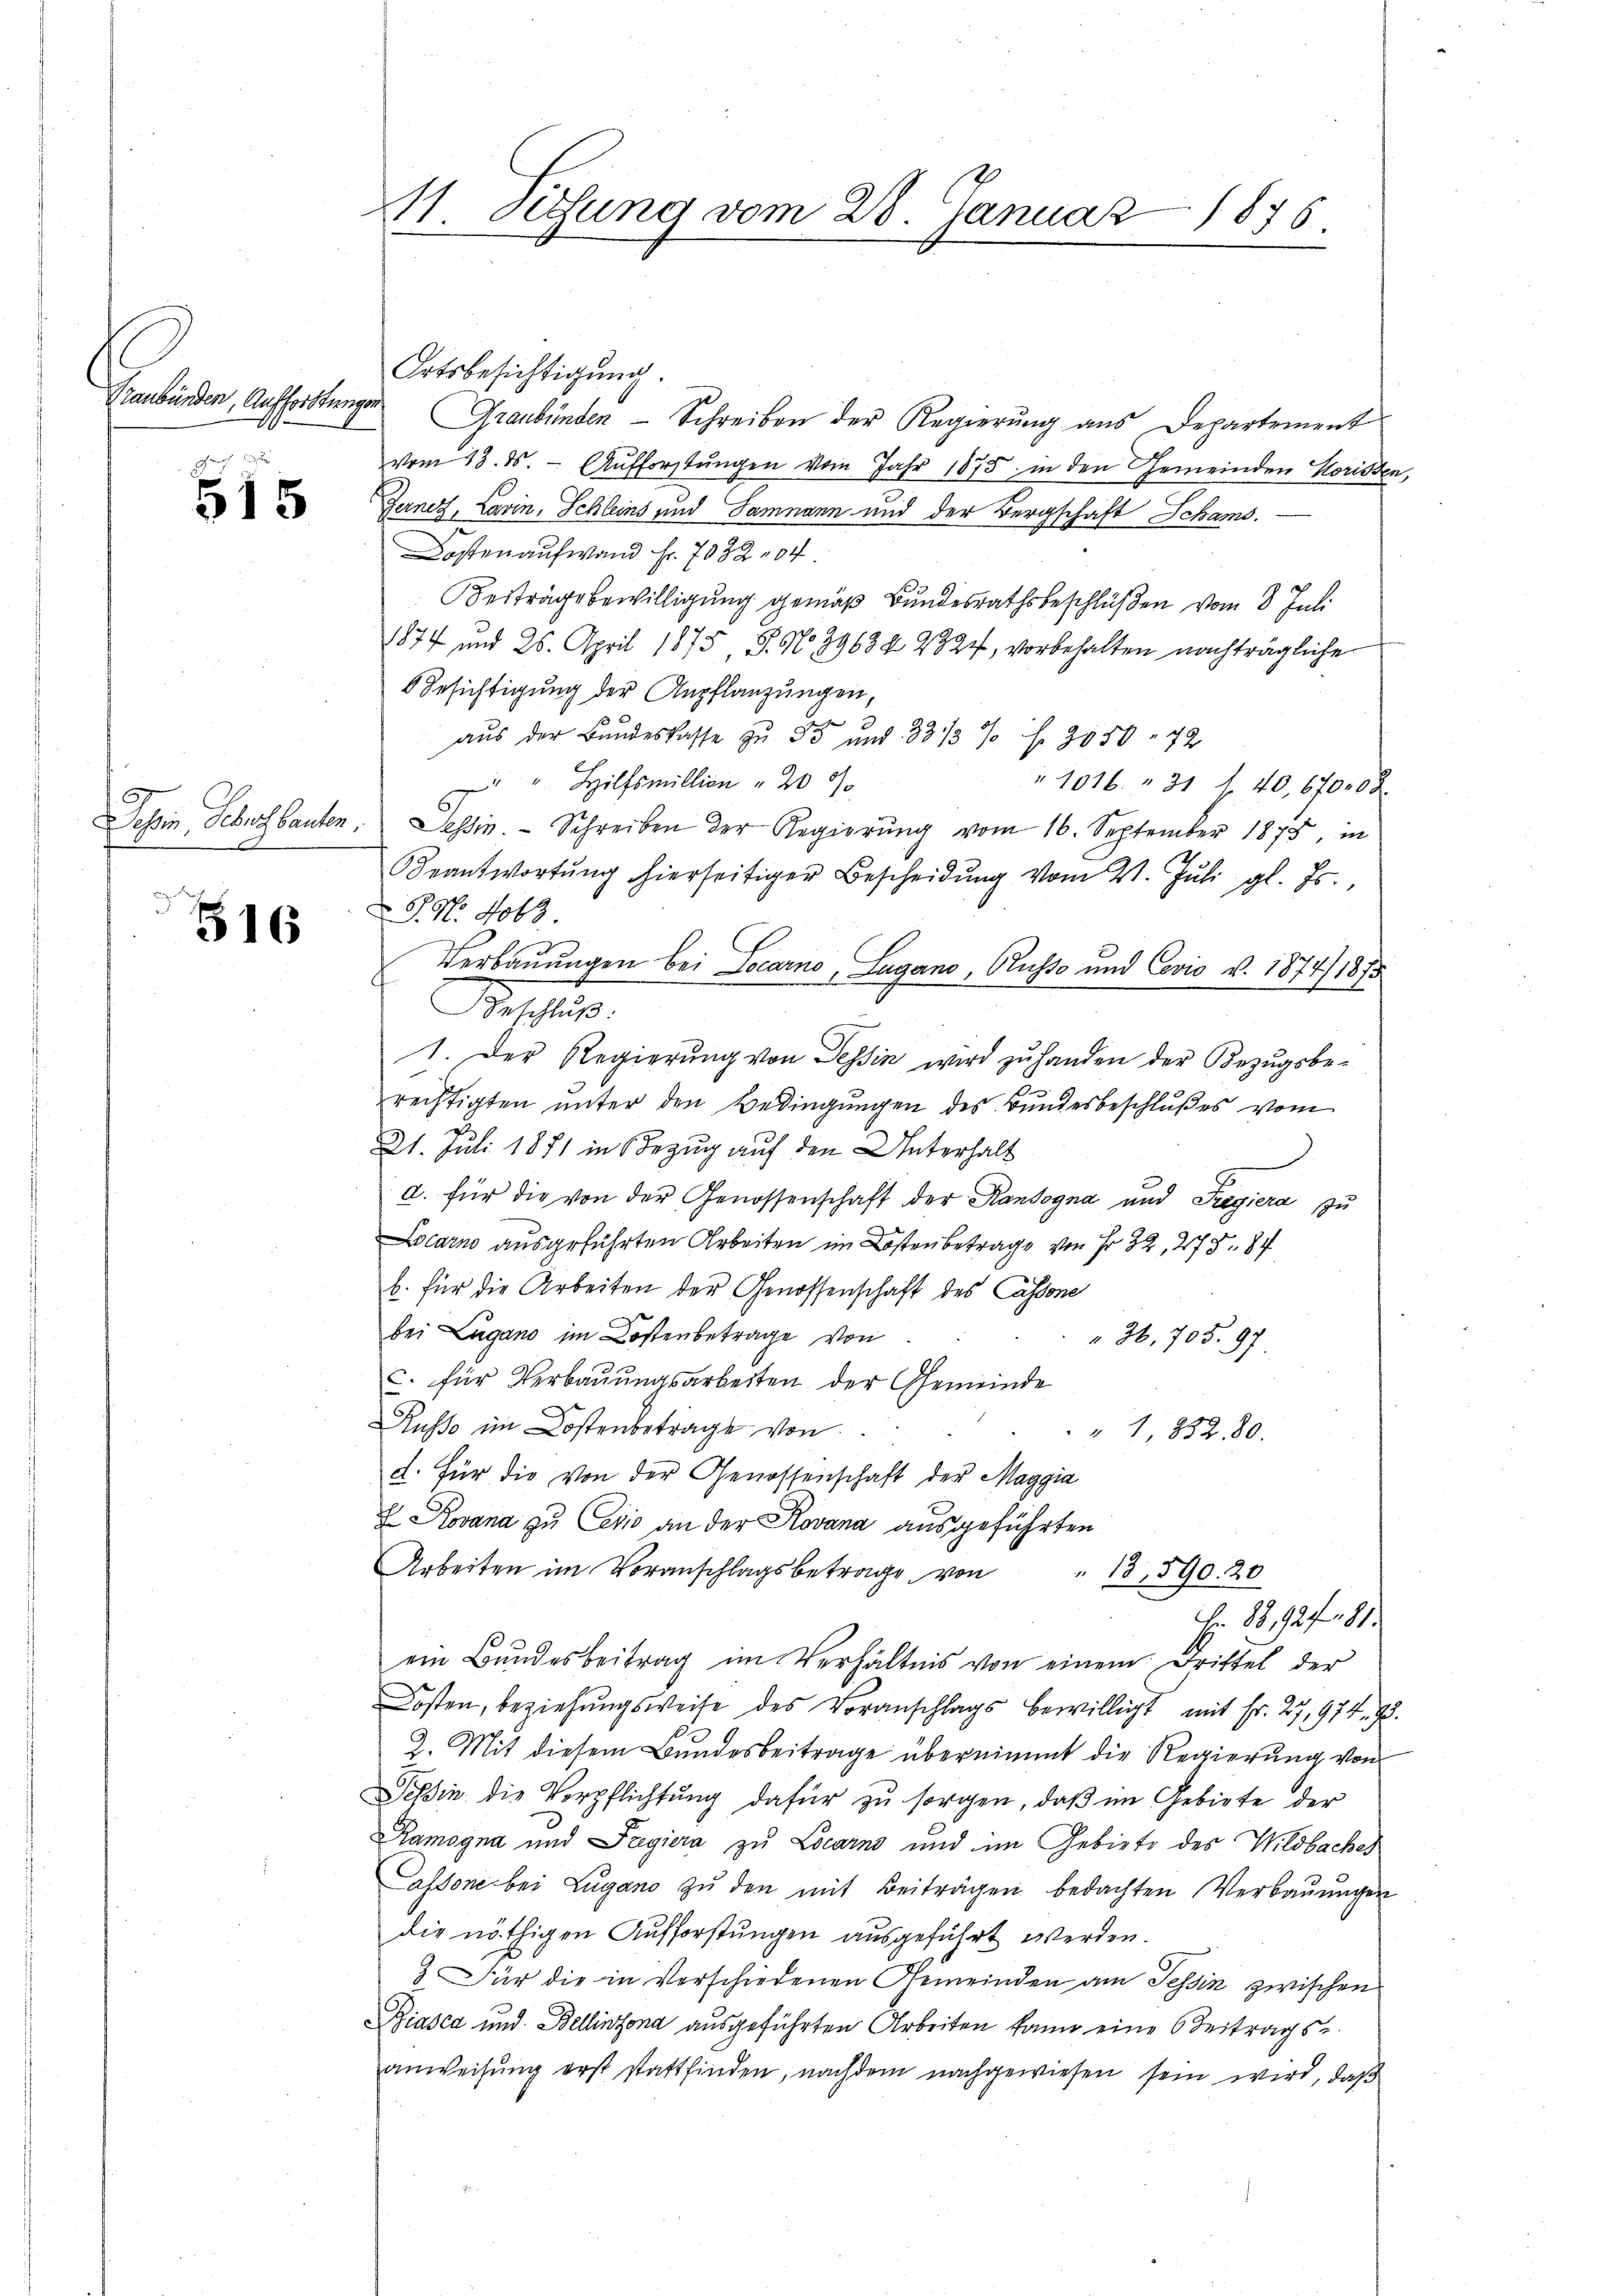
Graubünden, Aufforstungen

515

d
516

11. Setzung vom 28. Januar 1876.

Ortsbesichtigung.
Graubünden - Schreiben der Regierung aus Departement
vom 13. ds. - Aufforstungen vom Jahr 1875. in den Gemeinden Horissen
Gerner, Lavin, Schleins und Sammann und der Bergschaft Schams.
Kostenaufwand fr. 7032, 04
Beiträge bewilligung gemäß Bundesrathsbeschlüßen vom 8. Juli
1874 und 26. April 1875, S. No 39684 2827, vorbehalten nachträgliche
Besichtigung der Anpflanzungen,
aus der Bundeskasse zu 55 und 33 1/3 % f. 3050 - 72
" Hilfsmillion " 20 40
1016. 31 l. 40, 6700 x
Jehin Schulbauten. Tessin. Schreiben der Regierŭng vom 16. September 1875, in
Beantwortŭng hierseitiger Bescheidŭng vom 21. Jŭli gl. Js.,
G. N. Nobr.
Verbauungen bei Locarno, Lugano, Ausse und Covio v. 1874/1875
Beschlus
1. Der Regierung von Tessin wird zŭ handen der Bezugsbe-
rechtigten unter den Bedingungen des Bundesbeschlußes vom
21. Juli 1871 in Bezug auf den Unterhalt
d. für die von der Genossenschaft der Randogna und Tregiera zu
Locarno ausgeführten Arbeiten im Kosten betrage von Fr. 32, 278. 84
b. für die Arbeiten der Genossenschaft des Cassone
bei Lugano im Kostenbetrage von
" 36, 705. 97.
c. für Verbauungsarbeiten der Gemeinde
.
Russo im Kostenbetrage von
" 1 232. 80.
d. Für die von der Genossenschaft der Maggia
E Rovana zu Cario an der Rovana ausgeführten
Arbeiten im Voranschlagsbetrage von 13590. 20
Er 83. 92. 181
ein Bundesbeitrag im Verhältnis von einem Drittel der
Kosten, beziehungsweise des Voranschlags bewilligt, mit Fr. 27,974. 98.
2. Mit diesem Bundesbeitrage übernimmt die Regierung von
Tessin die Verpflichtung dafür zu sorgen, daβ im Gebiete der
Hamogna und Freyiera zu Locarno und im Gebiete des Wildbaches
assone bei Lugano zu den mit Beiträgen bedachten Verbauungen
die nöthigen Aufforstungen ausgeführt werden.
3. Für die in verschiedenen Gemeinden am Tessin zwischen
Biasca und Bellinzona ausgeführten Arbeiten kann eine 6 Beitrags
anweisung erst stattfinden, nachdem nachgewiesen sein wird, daß